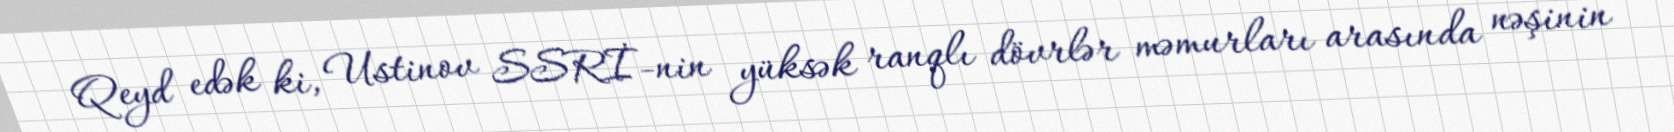
Qeyd edək ki, Ustinov SSRİ-nin yüksək ranqlı dövrlər məmurları arasında nəşinin